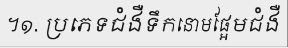
។១. ប្រភេទជំងឺទឹកនោមផ្អែមជំងឺ